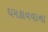
ધમકાવવાના